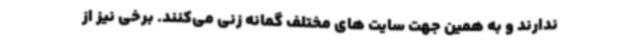
ندارند و به همین جهت سایت های مختلف گمانه زنی می‌کنند. برخی نیز از